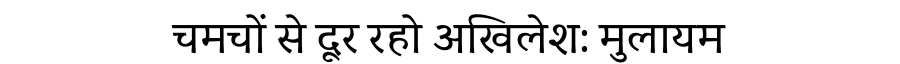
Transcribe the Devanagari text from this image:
चमचों से दूर रहो अखिलेश: मुलायम